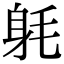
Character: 𨈥